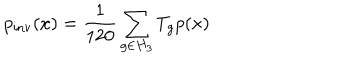
p _ { \mathrm { i n v } } ( x ) = \frac { 1 } { 1 2 0 } \sum _ { g \in H _ { 3 } } T _ { g } p ( x )